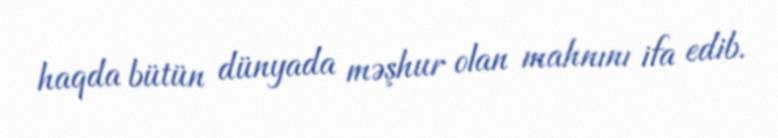
haqda bütün dünyada məşhur olan mahnını ifa edib.